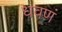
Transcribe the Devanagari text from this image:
धवणं